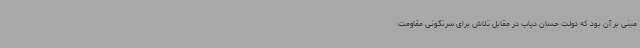
مبنی بر آن بود که دولت حسان دیاب در مقابل تلاش برای سرنگونی مقاومت